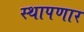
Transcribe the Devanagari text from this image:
स्थापणार